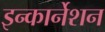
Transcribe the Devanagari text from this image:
इन्कार्नेशन